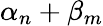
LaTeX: \alpha_{n}+\beta_{m}